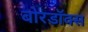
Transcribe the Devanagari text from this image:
बोरडॉक्स